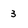
Character: 3